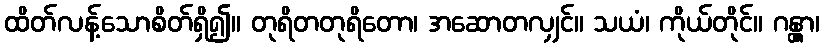
ထိတ်လန့်သောစိတ်ရှိ၍။ တုရိတတုရိတော၊ အဆောတလျှင်။ သယံ၊ ကိုယ်တိုင်။ ဂန္တွာ၊